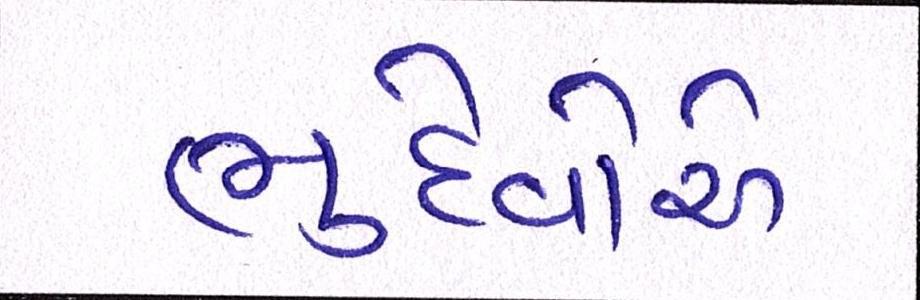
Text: ભુદેવોએ